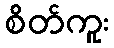
စိတ်ကူး